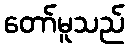
တော်မူသည်